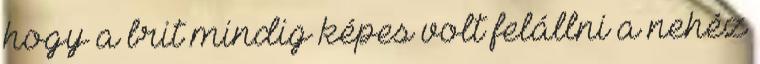
hogy a brit mindig képes volt felállni a nehéz